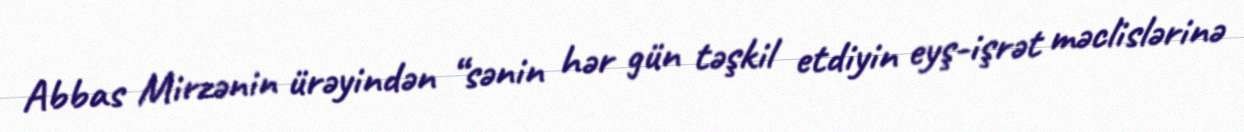
Abbas Mirzənin ürəyindən “sənin hər gün təşkil etdiyin eyş-işrət məclislərinə